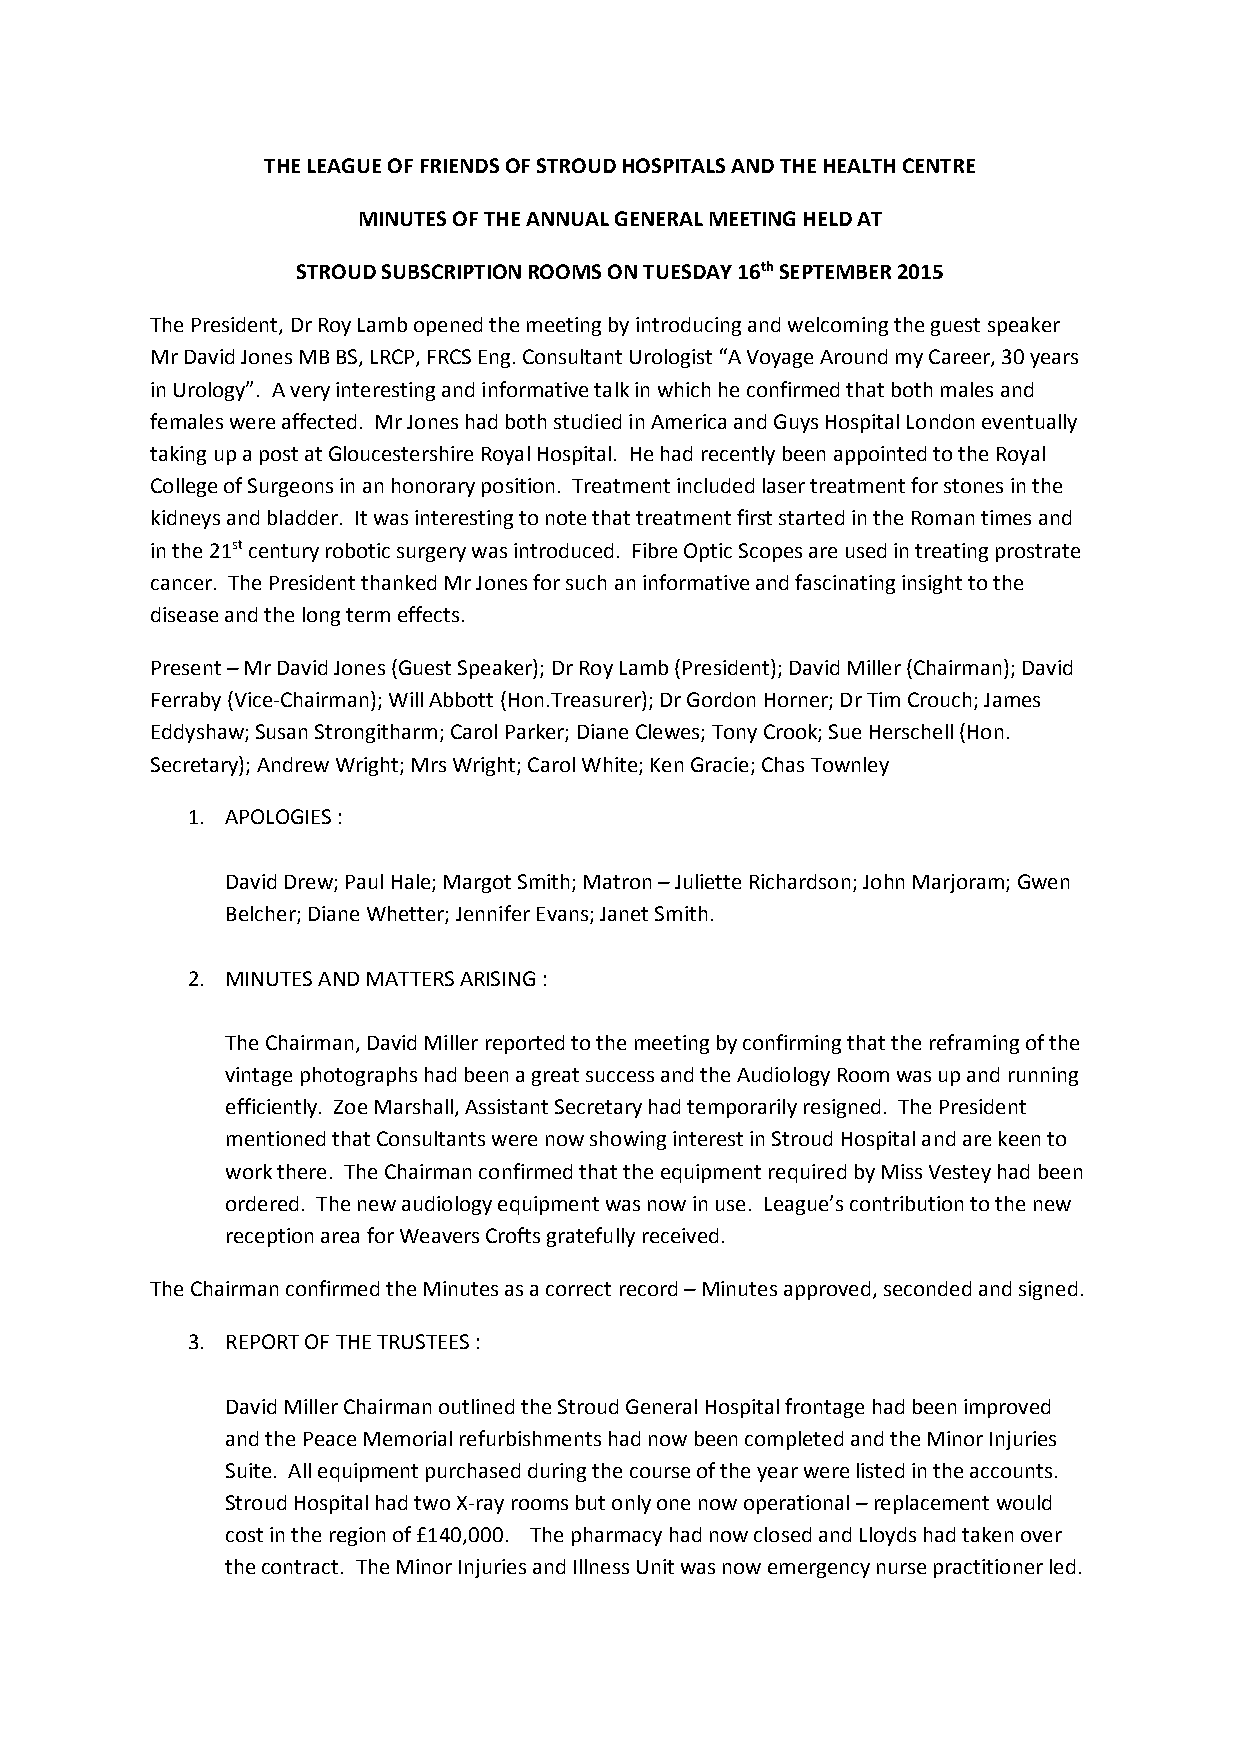
THE LEAGUE OF FRIENDS OF STROUD HOSPITALS AND THE HEALTH CENTRE
 MINUTES OF THE ANNUAL GENERAL MEETING HELD AT
 STROUD SUBSCRIPTION ROOMS ON TUESDAY 16thSEPTEMBER 2015
 The President, Dr Roy Lamb opened the meeting by introducing and welcomingthe guest speaker
 Mr David Jones MB BS, LRCP, FRCS Eng. Consultant Urologist “A Voyage Around my Career, 30 years
 in Urology”. A very interesting and informative talk in which he confirmed that both males and
 females were affected. Mr Jones had both studied in America and Guys Hospital London eventually
 taking up a post at Gloucestershire Royal Hospital. He had recently been appointed to the Royal
 College of Surgeons in an honorary position. Treatment included laser treatment for stones in the
 kidneysand bladder. It was interesting to note that treatment first started in the Roman times and
 in the 21stcentury robotic surgery was introduced. Fibre Optic Scopes are used in treating prostrate
 cancer. The President thanked Mr Jones for such an informative and fascinating insight to the
 disease and the long term effects.
 Present–Mr David Jones (Guest Speaker); Dr Roy Lamb (President); David Miller (Chairman); David
 Ferraby (Vice-Chairman); Will Abbott (Hon.Treasurer); Dr Gordon Horner; Dr Tim Crouch;James
 Eddyshaw; Susan Strongitharm; Carol Parker; Diane Clewes; Tony Crook; Sue Herschell (Hon.
 Secretary); Andrew Wright; Mrs Wright; Carol White; Ken Gracie; Chas Townley
 1. APOLOGIES :
 David Drew; Paul Hale; Margot Smith; Matron–Juliette Richardson; John Marjoram; Gwen
 Belcher; Diane Whetter; Jennifer Evans; Janet Smith.
 2. MINUTES AND MATTERS ARISING :
 The Chairman, David Miller reported to the meeting by confirming that the reframing of the
 vintage photographs had been a great success and the Audiology Room was up and running
 efficiently. Zoe Marshall, Assistant Secretary had temporarily resigned. The President
 mentioned that Consultants were now showing interest in Stroud Hospital and are keen to
 work there. The Chairman confirmed that the equipment required by Miss Vestey had been
 ordered. The new audiology equipment was now in use. League’s contribution to the new
 reception area for Weavers Crofts gratefully received.
 The Chairman confirmed the Minutes as a correct record–Minutes approved, seconded and signed.
 3. REPORT OF THE TRUSTEES :
 David Miller Chairman outlined the Stroud General Hospital frontage had been improved
 and the Peace Memorial refurbishments had now been completed and the Minor Injuries
 Suite. All equipment purchased during the course of the year were listed in the accounts.
 Stroud Hospital had two X-ray rooms but only one now operational–replacement would
 cost in the region of £140,000. The pharmacy had now closed and Lloyds had taken over
 the contract. The Minor Injuries and Illness Unit was now emergency nurse practitioner led.